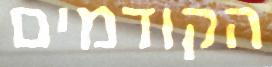
הקודמים